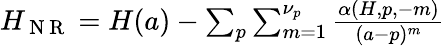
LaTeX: \begin{array}{r}{H_{\mathrm{~N~R~}}=H(a)-\sum_{p}\sum_{m=1}^{\nu_{p}}\frac{\alpha(H,p,-m)}{(a-p)^{m}}}\end{array}